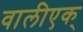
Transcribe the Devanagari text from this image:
वालीएक्